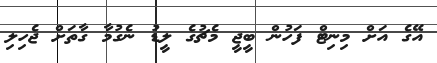
އޭގެ އަށް މިނިޓް ފަހުން ބީޖީ މެޗުގެ ލީޑު ނެގުމާ ގާތަށް ޖެހިލި